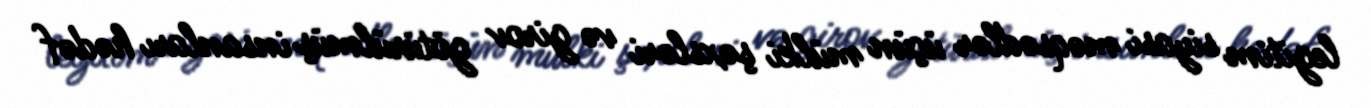
legitim siyasi məqsədlər üçün mülki şəxsləri və girov götürülmüş insanları hədəf